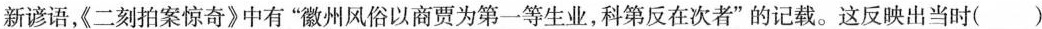
新谚语，《二刻拍案惊奇》中有”徽州风俗以商贾为第一等生业，科第反在次者”的记载。这反映出当时()